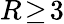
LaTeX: R\! \geq\! 3